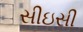
સીઇસી